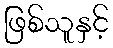
ဖြစ်သူနှင့်